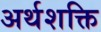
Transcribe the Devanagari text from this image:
अर्थशक्ति